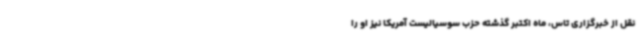
نقل از خبرگزاری تاس، ماه اکتبر گذشته حزب سوسیالیست آمریکا نیز او را